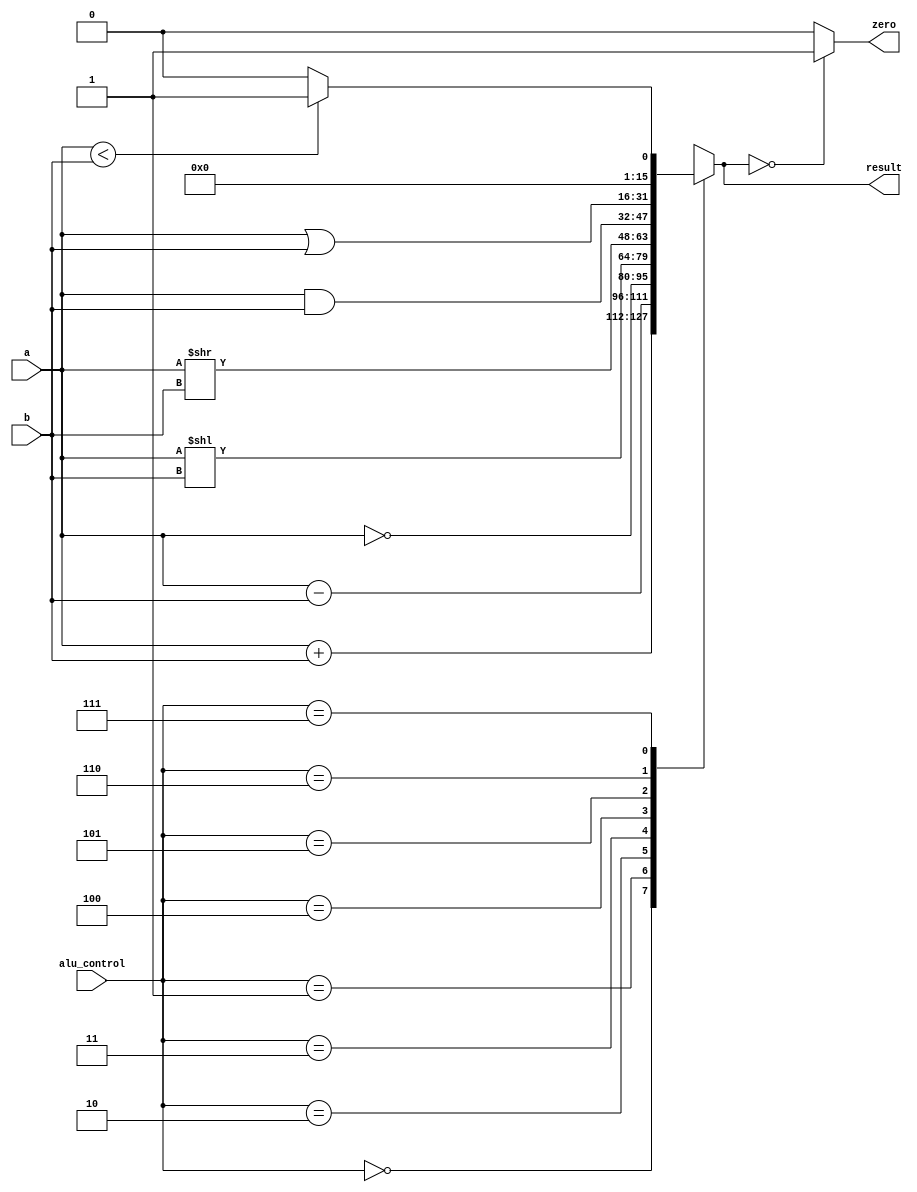

//////////////////////////////////////////////////////////////////////////////////
// Company: 
// Engineer: 
// 
// Design Name: 
// Module Name: ALU
// Project Name: 
// Target Devices: 
// Tool Versions: 
// Description: 
// 
// Dependencies: 
// 
// Revision:
// Revision 0.01 - File Created
// Additional Comments:
// 
//////////////////////////////////////////////////////////////////////////////////


module ALU(
    input [15:0]    a,
    input [15:0]    b,
    input [2:0]     alu_control,
    output reg [15:0]   result,
    output          zero
    );
    
    always @(*)
    begin
        case(alu_control)
            3'b000 : result = a + b;
            3'b001 : result = a - b;
            3'b010 : result = ~a;
            3'b011 : result = a << b;
            3'b100 : result = a >> b;
            3'b101 : result = a & b;
            3'b110 : result = a | b;
            3'b111 : begin if (a<b) result = 16'd1;
                            else result = 16'd0;
                      end
            default:result = a + b; // default as add
        endcase
   end
   
   assign zero = (result==16'd0) ? 1'b1 : 1'b0;
            
endmodule